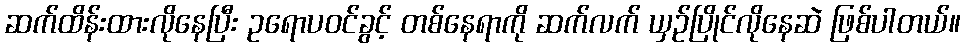
ဆက်ထိန်းထားလိုနေပြီး ဥရောပဝင်ခွင့် တစ်နေရာကို ဆက်လက် ယှဉ်ပြိုင်လိုနေဆဲ ဖြစ်ပါတယ်။